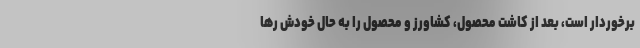
برخوردار است، بعد از کاشت محصول، کشاورز و محصول را به حال خودش رها